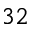
3 2